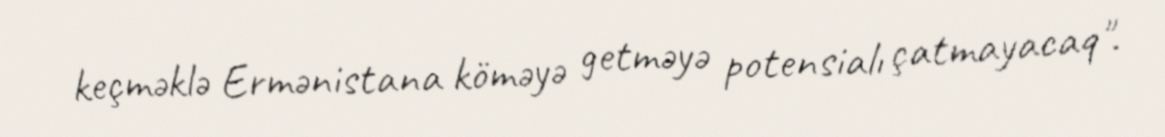
keçməklə Ermənistana köməyə getməyə potensialı çatmayacaq".